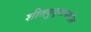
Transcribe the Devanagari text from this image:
शीतयुद्धामधील